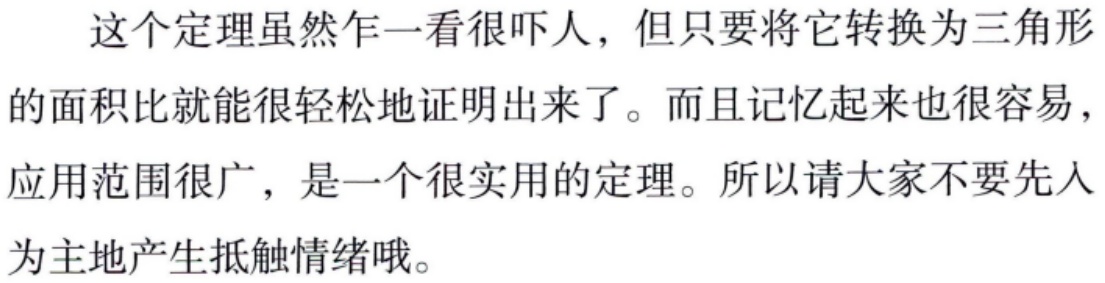
这个定理虽然乍一看很吓人，但只要将它转换为三角形的面积比就能很轻松地证明出来了。而且记忆起来也很容易，应用范围很广，是一个很实用的定理。所以请大家不要先入为主地产生抵触情绪哦。